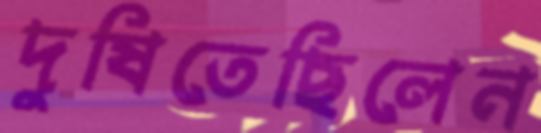
দুষিতেছিলেন